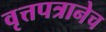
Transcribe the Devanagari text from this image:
वृत्तपत्रानेच